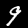
Digit: 9